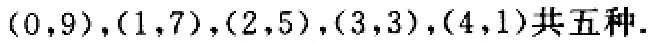
$(0,9),(1,7),(2,5),(3,3),(4,1)共五种.$